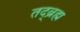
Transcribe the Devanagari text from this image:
तद्ब्रह्म